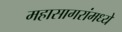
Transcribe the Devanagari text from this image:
महासागरांमध्ये